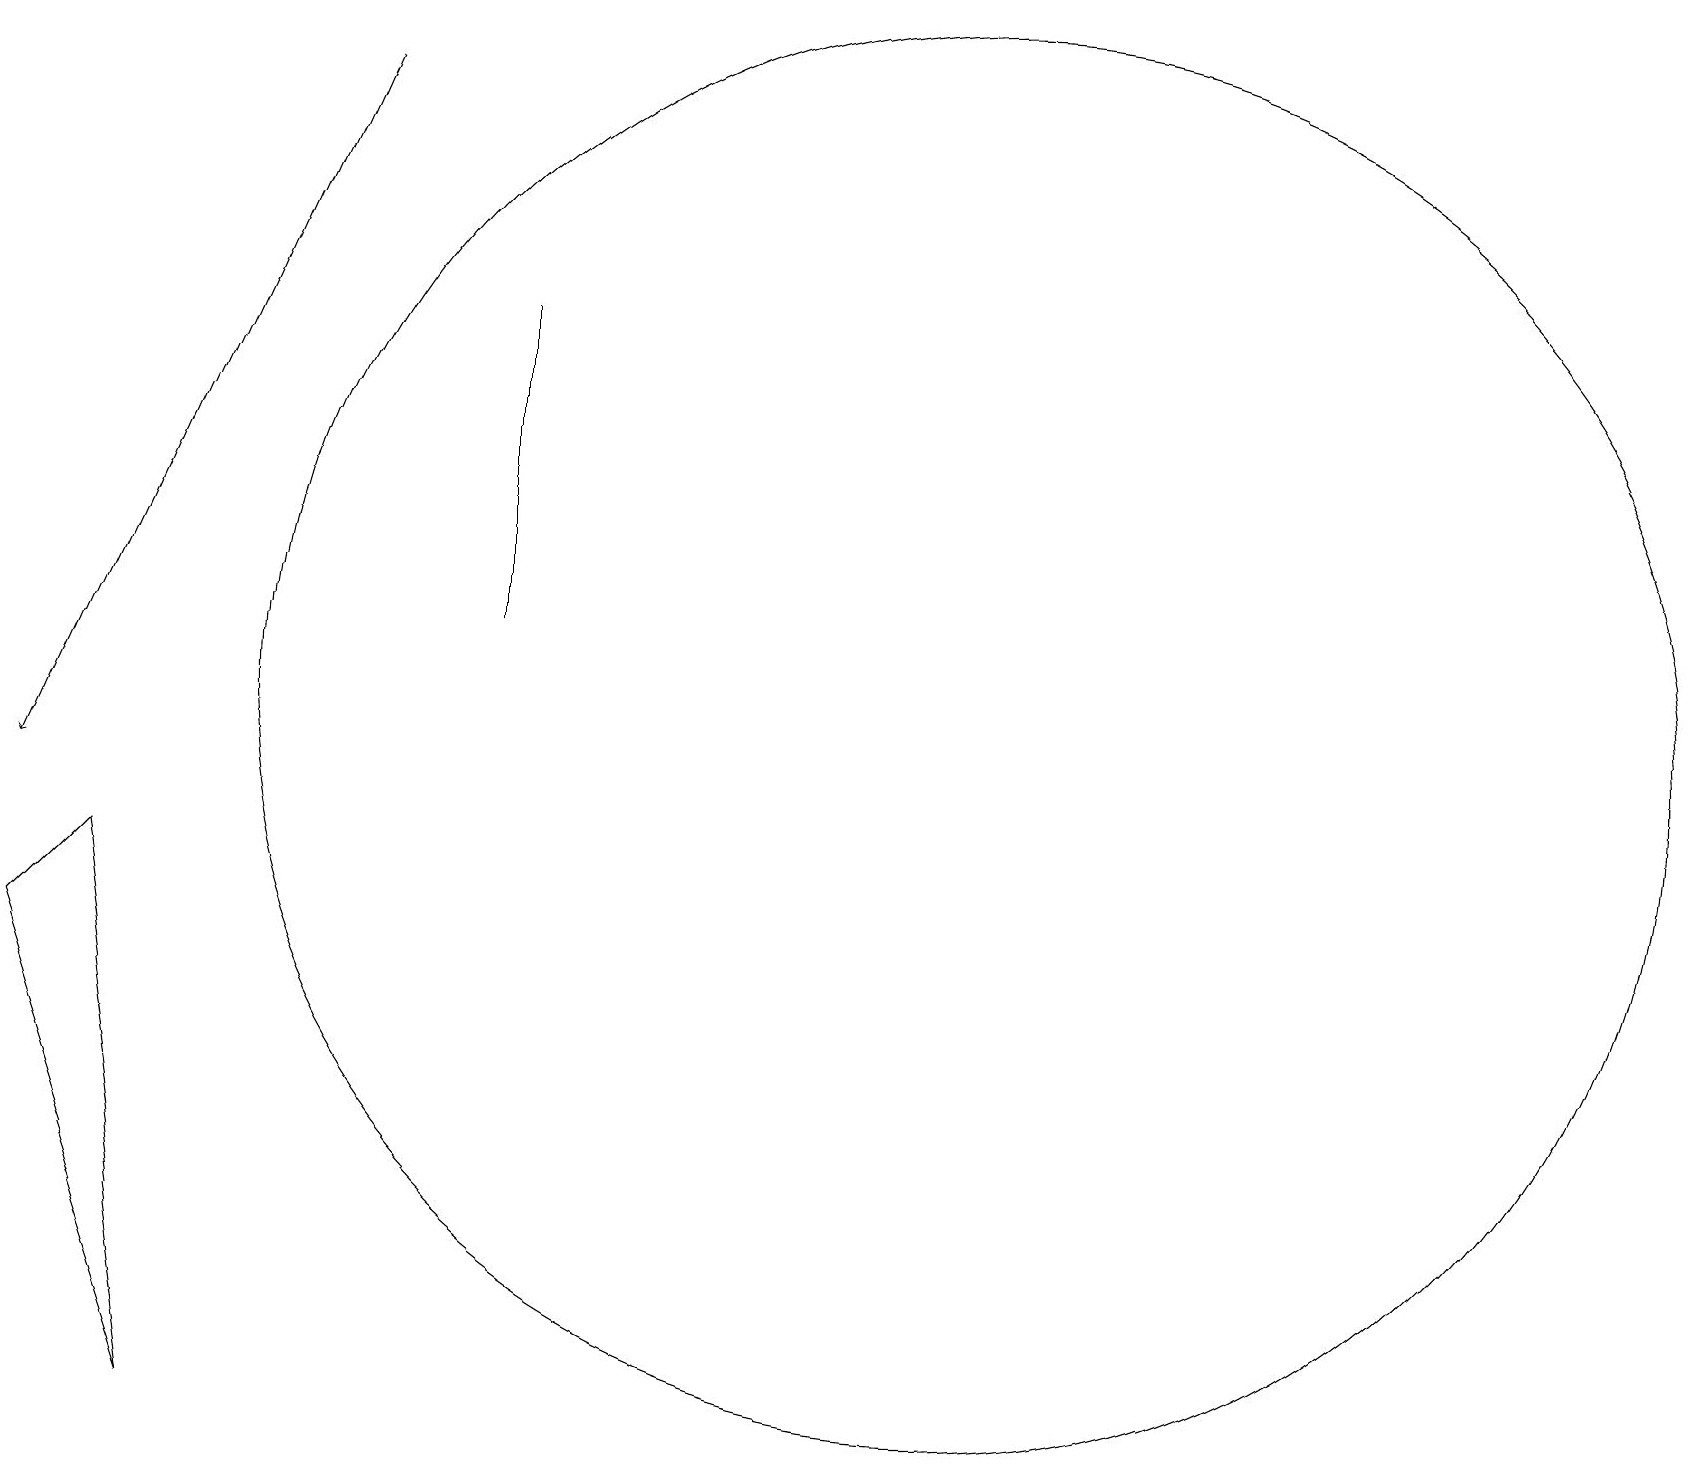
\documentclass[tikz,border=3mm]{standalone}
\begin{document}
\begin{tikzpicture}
\draw (1,9) -- (0,8) -- (2,2) -- cycle;
\draw (6,16) rectangle (6,12);
\draw (12,11) circle (9);
\draw[->] (4,19) -- (0,10);
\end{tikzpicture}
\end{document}